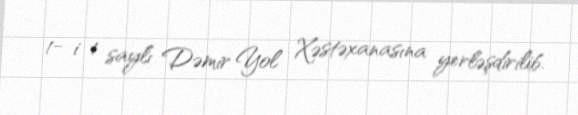
1- i 1 saylı Dəmir Yol Xəstəxanasına yerləşdirilib.